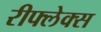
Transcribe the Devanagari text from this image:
रीफ्लेक्स